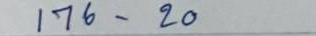
176 - 20